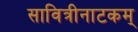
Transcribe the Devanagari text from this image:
सावित्रीनाटकम्